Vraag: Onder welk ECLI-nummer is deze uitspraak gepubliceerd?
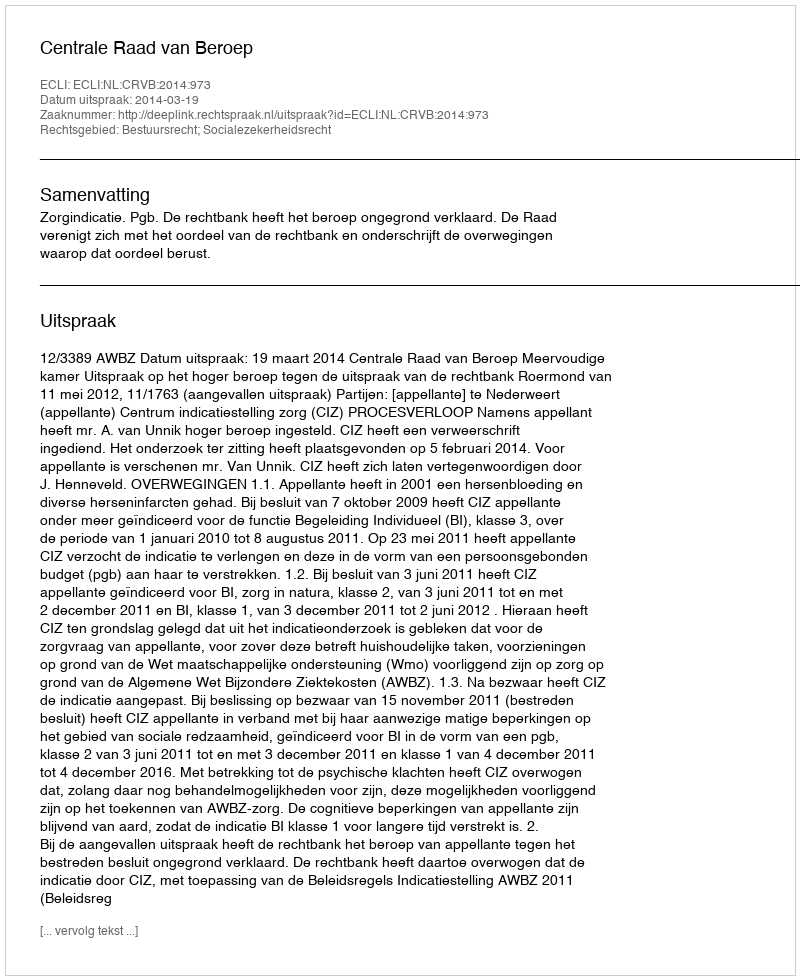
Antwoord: ECLI:NL:CRVB:2014:973